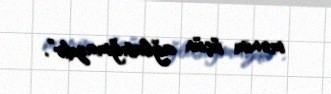
mənim üçün ağlasığmazdır”.